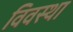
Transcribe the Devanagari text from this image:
विवस्था